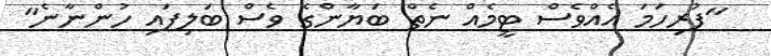
"ފުރިހަމަ އެއްވެސް ޓީމެއް ނެތް ބަޔާންގެ ވެސް ބަލިފައި ހުންނާނެ"